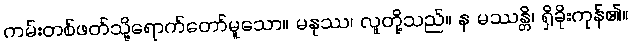
ကမ်းတစ်ဖတ်သို့ရောက်တော်မူသော။ မနုဿ၊ လူတို့သည်။ န မဿန္တိ၊ ရှိခိုးကုန်၏။